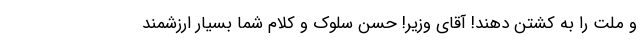
و ملت را به کشتن دهند! آقای وزیر! حسن سلوک و کلام شما بسیار ارزشمند